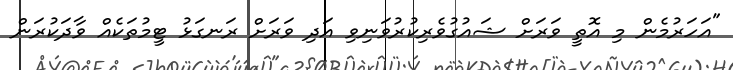
"އަހަރުމެން މި އޮތީ ވަރަށް ޝައުގުވެރިކުރުވަނިވި އަދި ވަރަށް ރަނގަޅު ޓީމުތަކެއް ވާދަކުރަން